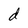
Character: d